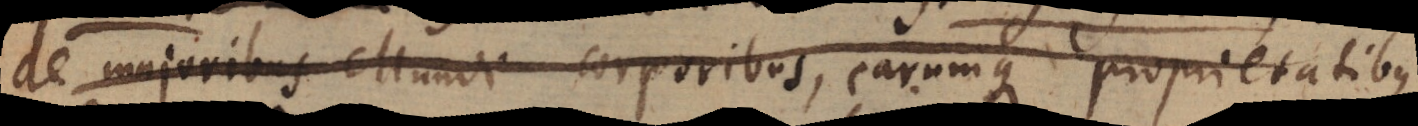
de majoribus Mundi corporibus, earumque proprietatibus